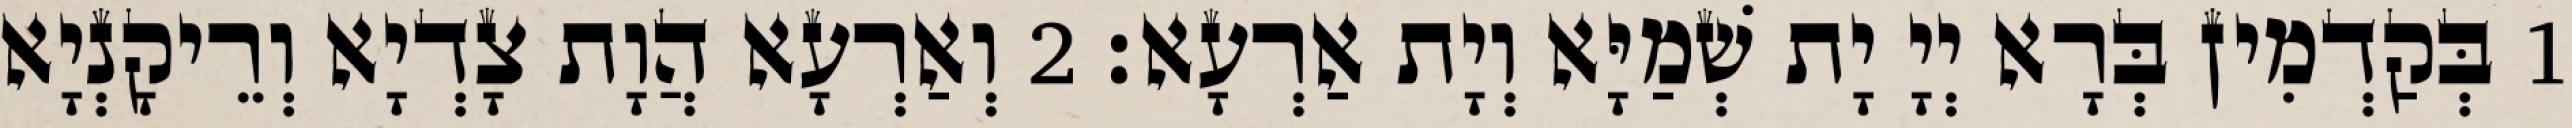
1 בְּקַדְמִין בְּרָא יְיָ יָת שְׁמַיָּא וְיָת אַרְעָא׃ 2 וְאַרְעָא הֲוָת צָדְיָא וְרֵיקָנְיָא